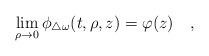
LaTeX: \begin{align*}\lim_{\rho\rightarrow 0}\phi_{\triangle \omega}(t,\rho,z)=\varphi(z)~~~,\end{align*}